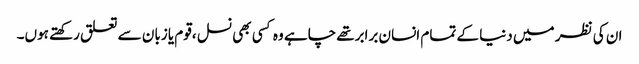
ان کی نظر میں دنیا کے تمام انسان برابرتھے چاہے وہ کسی بھی نسل ،قوم یا زبان سے تعلق رکھتے ہوں۔